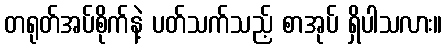
တရုတ်အပ်စိုက်နဲ့ ပတ်သက်သည့် စာအုပ် ရှိပါသလား။